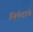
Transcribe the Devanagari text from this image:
सिनेटांचे